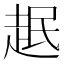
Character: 𧻎